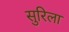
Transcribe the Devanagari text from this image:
सुरिला